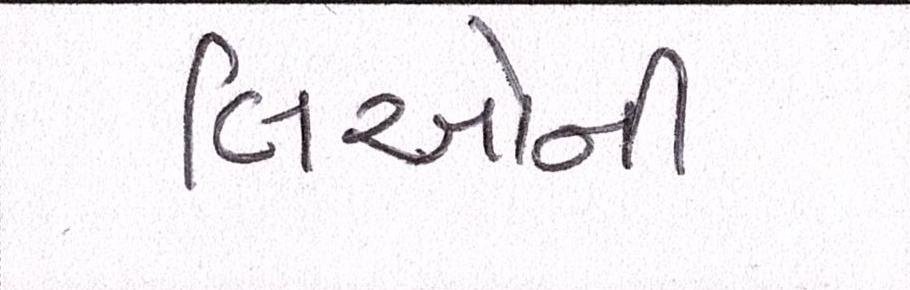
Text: લિઓની